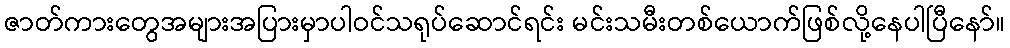
ဇာတ်ကားတွေအများအပြားမှာပါဝင်သရုပ်ဆောင်ရင်း မင်းသမီးတစ်ယောက်ဖြစ်လို့နေပါပြီနော်။